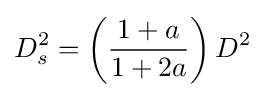
D_{s}^{2}=\left({\frac {1+a}{1+2a}}\right)D^{2}